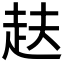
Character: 𮚴